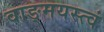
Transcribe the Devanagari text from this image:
वाङ्‌मयस्त्वं